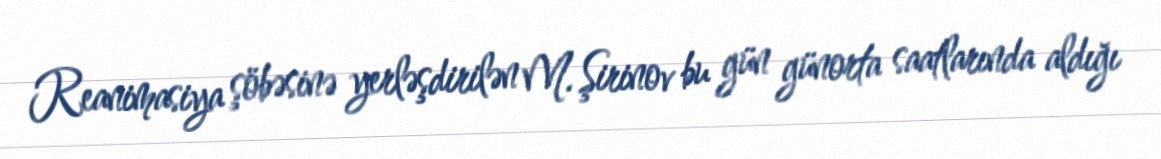
Reanimasiya şöbəsinə yerləşdirilən M. Şirinov bu gün günorta saatlarında aldığı